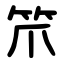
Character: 笊